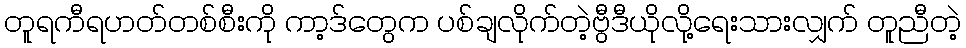
တူရကီရဟတ်တစ်စီးကို ကာ့ဒ်တွေက ပစ်ချလိုက်တဲ့ဗွီဒီယိုလို့ရေးသားလျှက် တူညီတဲ့